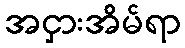
အငှားအိမ်ရာ